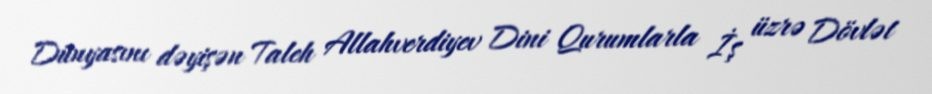
Dünyasını dəyişən Taleh Allahverdiyev Dini Qurumlarla İş üzrə Dövlət